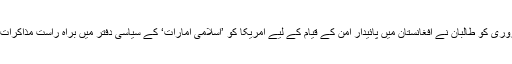
واضح رہے کہ 28 فروری کو طالبان نے افغانستان میں پائیدار امن کے قیام کے لیے امریکا کو ’اسلامی امارات‘ کے سیاسی دفتر میں براہِ راست مذاکرات کی پیش کش کی تھی۔